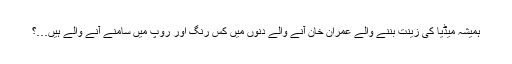
ہمیشہ میڈیا کی زینت بننے والے عمران خان آنے والے دِنوں میں کس رنگ اور روپ میں سامنے آنے والے ہیں…؟